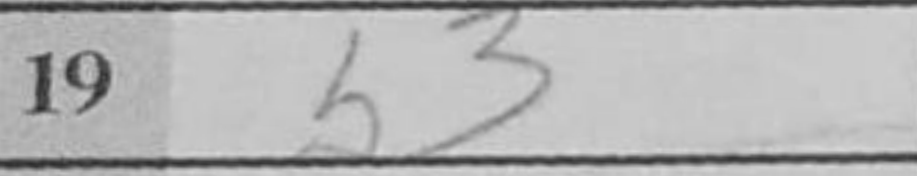
Transcription: b3